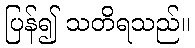
ပြန်၍ သတိရသည်။